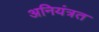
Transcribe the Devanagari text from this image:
अनियंत्रत